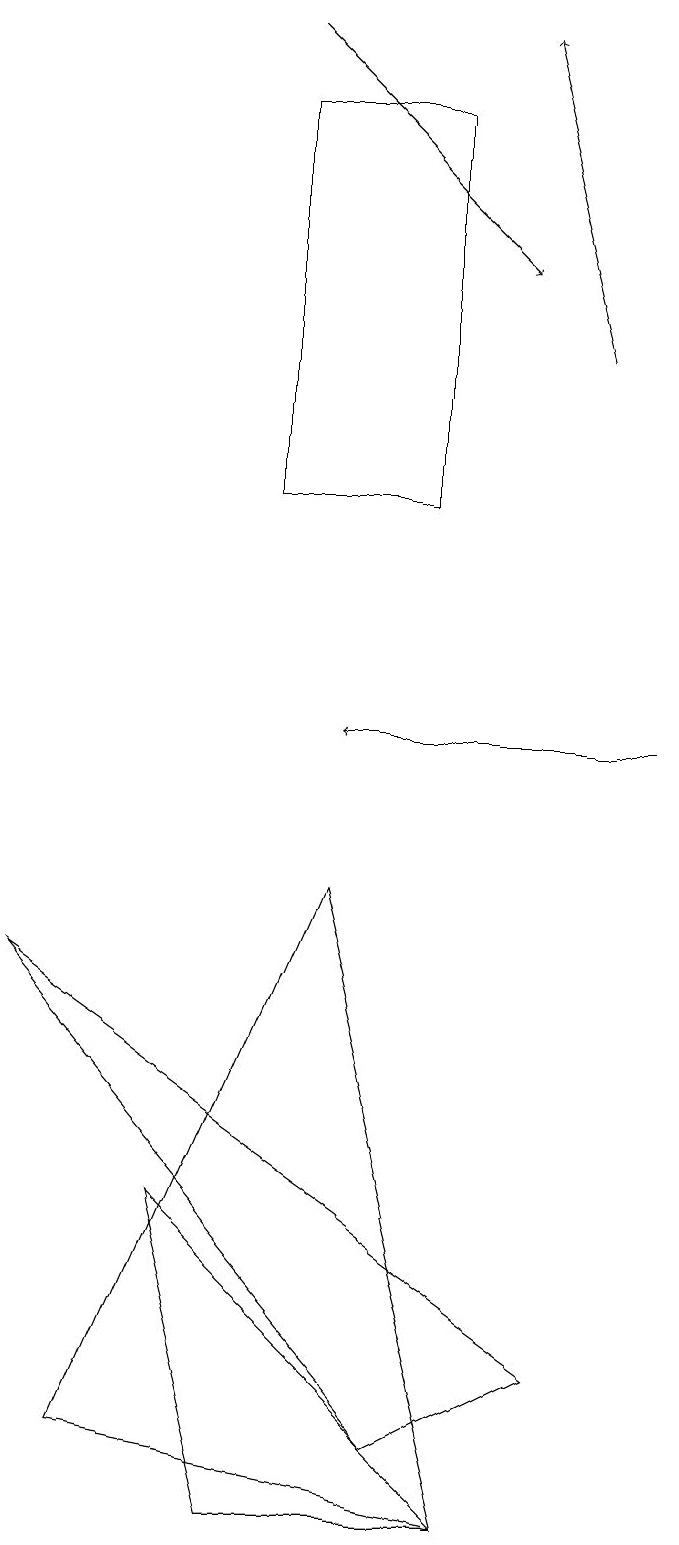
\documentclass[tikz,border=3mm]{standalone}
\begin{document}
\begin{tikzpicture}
\draw (7,0) -- (2,1) -- (5,8) -- cycle;
\draw (6,1) -- (8,2) -- (1,7) -- cycle;
\draw[->] (9,10) -- (5,10);
\draw[->] (8,15) -- (7,19);
\draw (6,18) rectangle (4,13);
\draw (3,4) -- (4,0) -- (7,0) -- cycle;
\draw[->] (4,19) -- (7,16);
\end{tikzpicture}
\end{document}